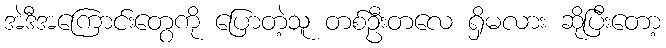
အဲဒီအကြောင်းတွေကို ပြောတဲ့သူ တစ်ဦးတလေ ရှိမလား ဆိုပြီးတော့